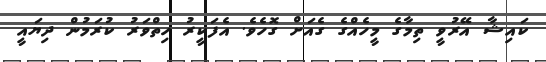
ކައިޝާ އޭރުވީ ތިމާގެ މީހެއްގެ ގެއަށް ގޮހެވެ. އެފަކީރު ހިތްވަރު ކުރަމުން ދިޔައީ